Indian journal of veterinary science and animal husbandry - Volumes 28-29, 1958-1959
Year: 1958
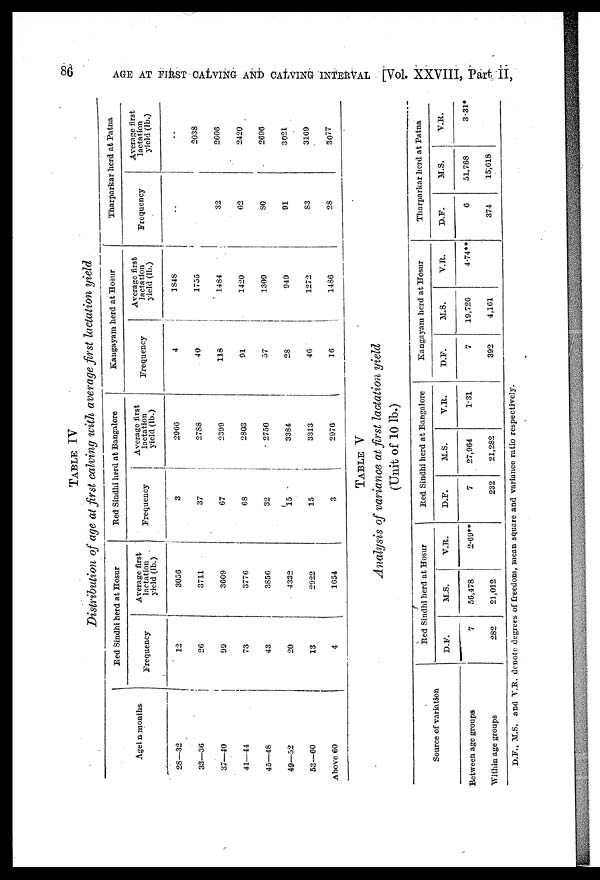
86
AGE AT FIRST CALVING AND CALVING INTERVAL [Vol. XXVIII, Part II,
TABLE IV
Distribution of age at first calving with average first lactation yield
Agei n months
28—32
33—36
37—40
41—44
45—48
49—52
53—60
Above 60
Red Sindhi herd at Hosur
Frequency
12
26
99
73
43
20
13
4
Average first
lactation
yield (lb.)
3056
3711
3609
3776
3856
4332
2922
1654
Red Sindhi herd at Bangalore
Frequency
3
37
67
68
32
15
15
3
Average first
lactation
yield (lb.)
2966
2788
2399
2803
2750
3384
3313
2976
Kangayam herd at Hosur
Frequency
4
40
118
91
57
28
46
16
Average first
lactation
yield (lb.)
1848
1755
1484
1420
1309
949
1272
1486
Tharparkar herd at Patna
Frequency
..
32
62
80
91
83
28
Average first
lactation
yield (lb.)
..
2038
2606
2420
2696
3021
3169
3077
TABLE V
Analysis of variance at first lactation yield
(Unit of 10 lb.)
Source of variation
Between age groups
Within age groups
Red Sindhi herd at Hosur
D.F.
7
282
M.S.
56,478
21,012
V.R.
2.69**
Red Sindhi herd at Bangalore
D.F.
7
232
M.S.
27,964
21,282
V.R.
1.31
Kangayam herd at Hosur
D.F.
7
392
M.S.
19,726
4,161
V.R.
4.74**
Tharparkar herd at Patna
D.F.
6
374
M.S.
51,768
15,618
V.R.
3.31*
D.F., M.S. and V.R. denote degrees of freedom, mean square and variance ratio respectively.